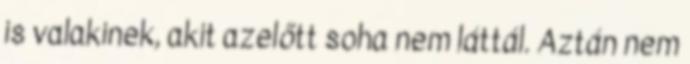
is valakinek, akit azelőtt soha nem láttál. Aztán nem